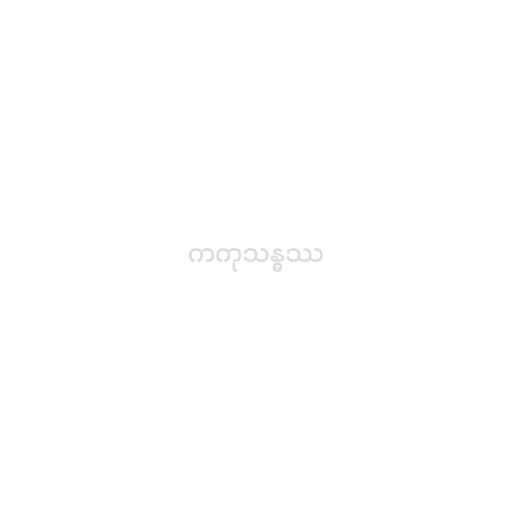
ကကုသန္ဓဿ